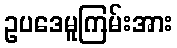
ဥပဒေမူကြမ်းအား